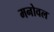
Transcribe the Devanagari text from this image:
मनोवल